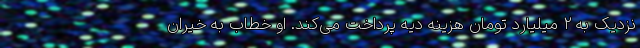
نزدیک به ۲ میلیارد تومان هزینه دیه پرداخت می‌کند. او خطاب به خیران